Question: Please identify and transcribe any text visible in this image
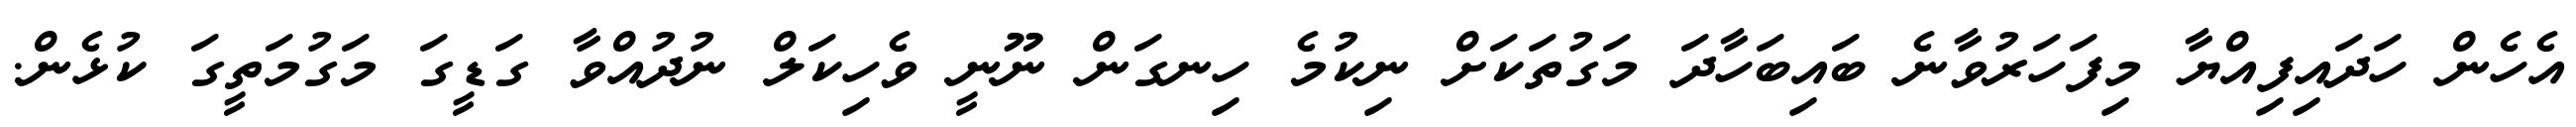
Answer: އެހެން ހަދައިފިއްޔާ މިފަހަރުވާނެ ބައިބަހާދަ މަގުތަކަށް ނިކުމެ ހިނގަން ނޫނީ ވެހިކަލް ނުދުއްވާ ގަޑީގަ މަގުމަތީގަ ކުޅެން.